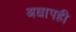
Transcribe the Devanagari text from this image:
अधापही